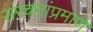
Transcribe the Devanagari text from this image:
संरचनांप्रमाणे